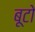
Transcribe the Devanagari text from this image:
बूटो